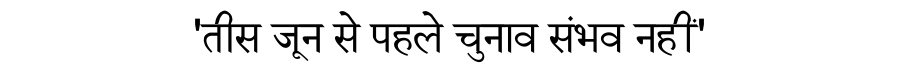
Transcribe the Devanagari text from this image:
'तीस जून से पहले चुनाव संभव नहीं'